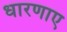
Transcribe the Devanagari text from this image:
धारणाए